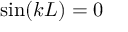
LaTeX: \sin ( k L ) = 0